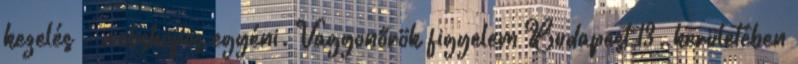
kezelés - webshopos egyéni. Vagyonőrök figyelem Budapest 13. kerületében